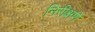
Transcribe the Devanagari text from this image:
निरीक्षणें